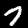
Label: 7